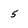
Character: 5